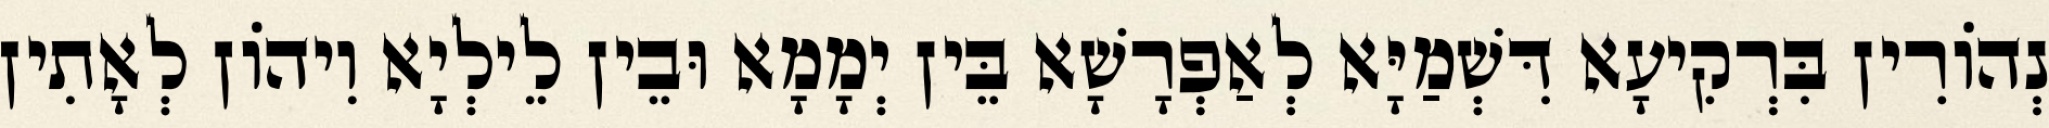
נְהוֹרִין בִּרְקִיעָא דִּשְׁמַיָּא לְאַפְרָשָׁא בֵּין יְמָמָא וּבֵין לֵילְיָא וִיהוֹן לְאָתִין